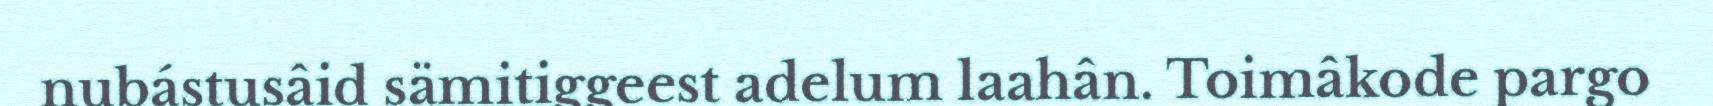
nubástusâid sämitiggeest adelum laahân. Toimâkode pargo